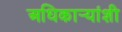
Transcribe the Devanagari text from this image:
अधिकार्‍यांशी